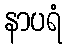
နာပရံ